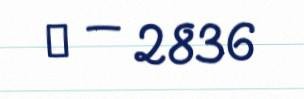
№ — 2836